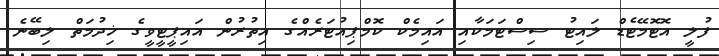
ފުލީ އޮޓޮމޭޓެޑް ލައިޓު ސިސްޓަމަކާއި އައިމެކް ކޮމްޕިއުޓަރެއްގެ އިތުރުން އައިޕީޓީވީގެ ޚިދުމަތް ލިބޭނެ